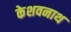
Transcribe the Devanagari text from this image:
केशवनाथ